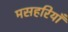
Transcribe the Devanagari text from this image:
मसहरियाँ